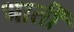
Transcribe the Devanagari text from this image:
भातीं